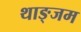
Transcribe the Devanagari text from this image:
थाङ्जम